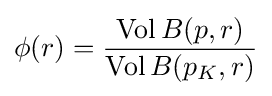
\phi (r)={\frac {\mathrm {Vol} \,B(p,r)}{\mathrm {Vol} \,B(p_{K},r)}}